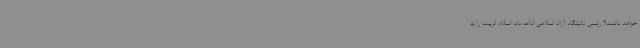
خواهد داشت؟ رئیس دانشگاه آزاد اسلامی ادامه داد: اسلام تربیت را به